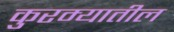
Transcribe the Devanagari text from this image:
कुरम्यातील